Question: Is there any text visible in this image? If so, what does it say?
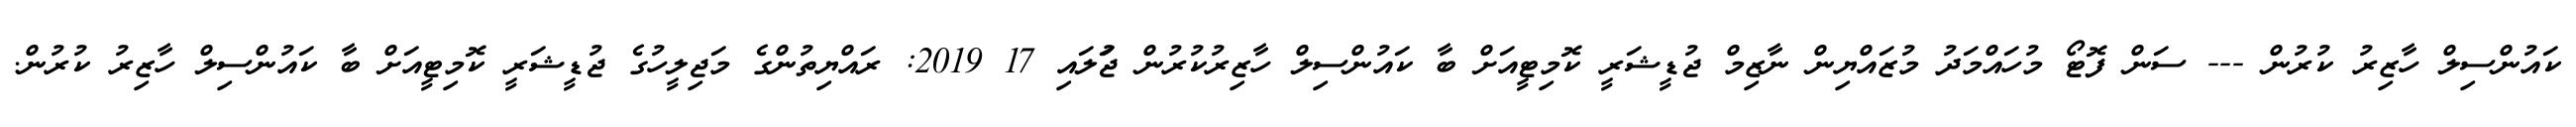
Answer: ކައުންސިލް ހާޒިރު ކުރުން --- ސަން ފޮޓޯ މުހައްމަދު މުޒައްޔިން ނާޒިމް ޖުޑީޝަރީ ކޮމިޓީއަށް ބާ ކައުންސިލް ހާޒިރުކުރުން ޖުަލައި 17 2019: ރައްޔިތުންގެ މަޖިލީހުގެ ޖުޑީޝަރީ ކޮމިޓީއަށް ބާ ކައުންސިލް ހާޒިރު ކުރުން.